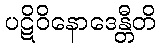
ပဋိဝိနောဒေန္တီတိ